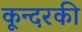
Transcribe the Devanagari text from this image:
कून्दरकी